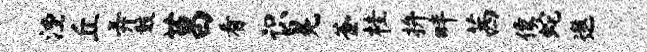
湮丘弄鼓莒看识冕釜桂拚畔茜像蛇遨